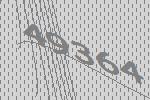
49364